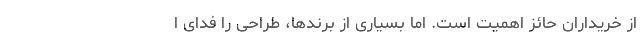
از خریداران حائز اهمیت است. اما بسیاری از برندها، طراحی را فدای ا